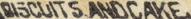
RISCUITS ANDCAKE